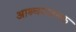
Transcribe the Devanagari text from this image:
आश्र्चयजनक